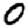
Digit: 0